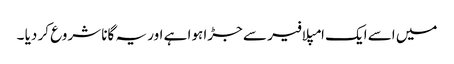
میں اسے ایک امپلافیر سے جڑا ہوا ہے اور یہ گانا شروع کر دیا ۔